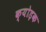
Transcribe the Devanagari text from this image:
क्योड़क